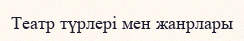
Театр түрлері мен жанрлары